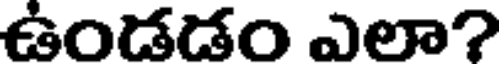
ఉండడం ఎలా?